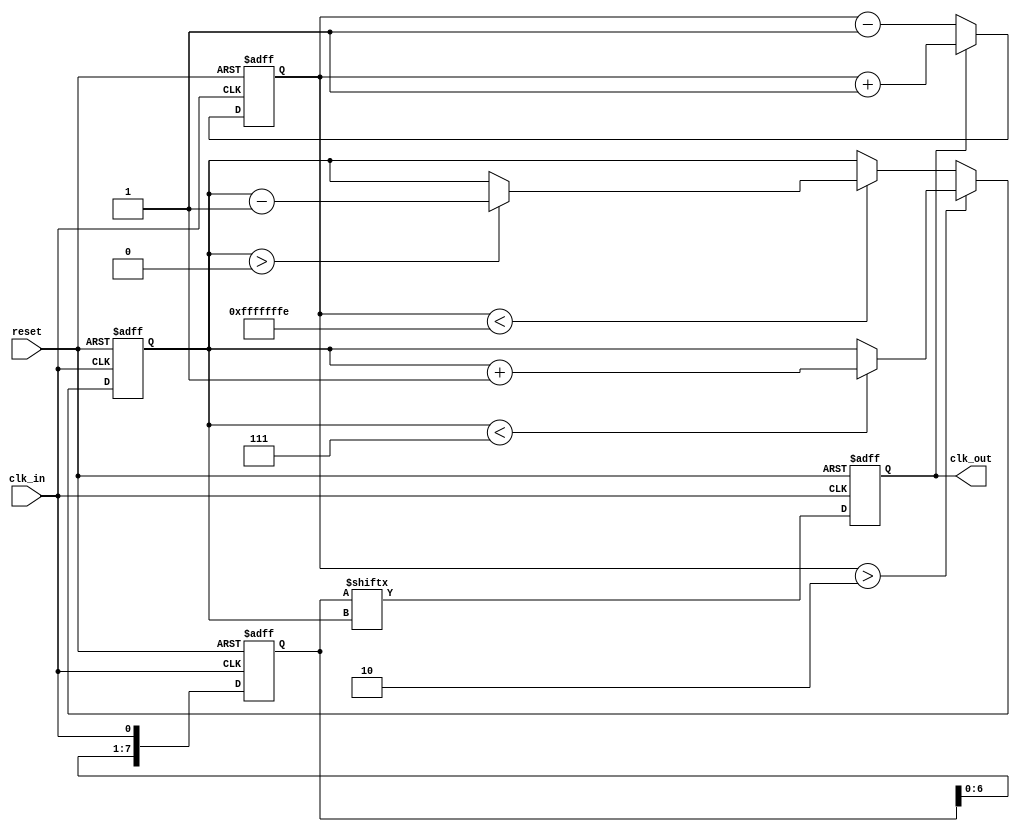
module dll (
    input wire clk_in,          // Input clock
    input wire reset,           // Reset signal
    output reg clk_out          // Output clock
);

    // Parameters
    parameter NUM_DELAY_ELEMENTS = 8; // Number of delay elements
    parameter LOCK_THRESHOLD = 2;       // Phase lock threshold

    // Internal signals
    reg [NUM_DELAY_ELEMENTS-1:0] delay_line; // Delay line
    reg [3:0] phase_error;                  // Phase error signal
    reg [2:0] delay_index;                  // Current delay index
    reg locked;                             // Lock status

    // Phase Detector
    always @(posedge clk_in or posedge reset) begin
        if (reset) begin
            phase_error <= 0;
        end else begin
            // Compare input clock with delayed output clock
            if (clk_out) begin
                phase_error <= phase_error + 1; // Increment error if output is high
            end else begin
                phase_error <= phase_error - 1; // Decrement error if output is low
            end
        end
    end

    // Control Logic
    always @(posedge clk_in or posedge reset) begin
        if (reset) begin
            delay_index <= 0;
            locked <= 0;
        end else begin
            // Adjust delay based on phase error
            if (phase_error > LOCK_THRESHOLD) begin
                if (delay_index < NUM_DELAY_ELEMENTS - 1) begin
                    delay_index <= delay_index + 1; // Increase delay
                end
            end else if (phase_error < -LOCK_THRESHOLD) begin
                if (delay_index > 0) begin
                    delay_index <= delay_index - 1; // Decrease delay
                end
            end else begin
                locked <= 1; // Lock condition met
            end
        end
    end

    // Delay Line
    always @(posedge clk_in or posedge reset) begin
        if (reset) begin
            delay_line <= 0;
            clk_out <= 0;
        end else begin
            // Shift the delay line
            delay_line <= {delay_line[NUM_DELAY_ELEMENTS-2:0], clk_in};
            // Output the delayed clock based on the current delay index
            clk_out <= delay_line[delay_index];
        end
    end

endmodule